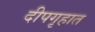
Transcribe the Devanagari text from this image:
दीपगृहात